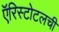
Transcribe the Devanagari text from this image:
ऍरिस्टोटलची